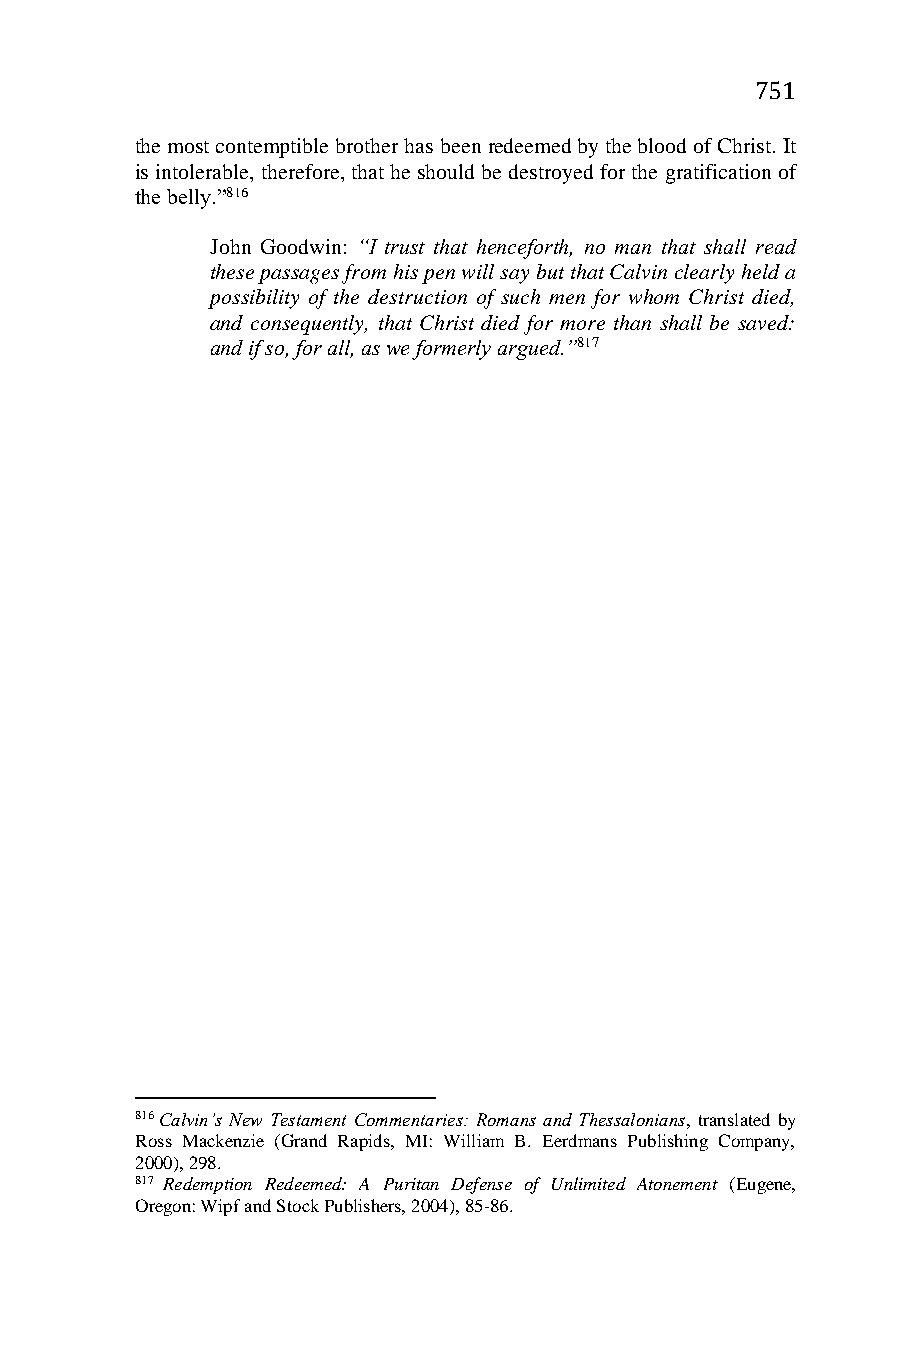
751
 the most contemptible brother has been redeemed by the blood of Christ. It
 is intolerable, therefore, that he should be destroyed for the gratification of
 the belly.”816
 John Goodwin: “I trust that henceforth, no man that shall read
 these passages from his pen will say but that Calvin clearly held a
 possibility of the destruction of such men for whom Christ died,
 and consequently, that Christ died for more than shall be saved:
 and if so, for all, as we formerly argued.”817
 816 Calvin’s New Testament Commentaries: Romans and Thessalonians, translated by
 Ross Mackenzie (Grand Rapids, MI: William B. Eerdmans Publishing Company,
 2000), 298.
 817 Redemption Redeemed: A Puritan Defense of Unlimited Atonement (Eugene,
 Oregon: Wipf and Stock Publishers, 2004), 85-86.